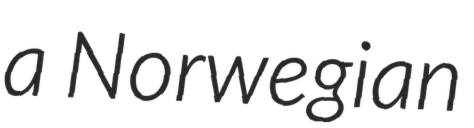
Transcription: a Norwegian